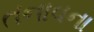
તનાવના